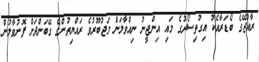
ރާއްޖޭގެ ބޯޑަރާއެކު އިގުތިސޯދުގެ މައި އިންޖީނު ނިއްވާލަން މަޖުބޫރުވެ ރައްޔިތުންގެ ގޭބަންދަށް ފޮނުވާލުން